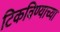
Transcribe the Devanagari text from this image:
टिकविण्याच्या